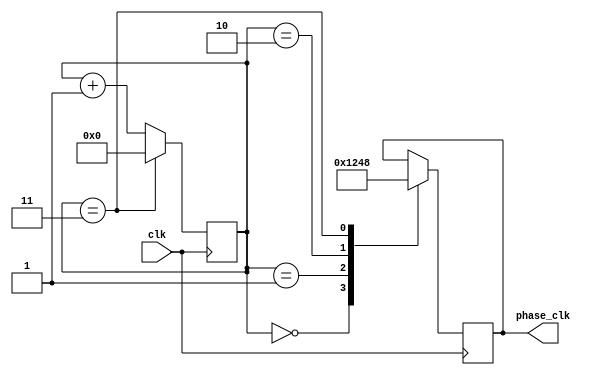
module multi_phase_clock_divider (
    input wire clk,
    output reg [3:0] phase_clk
);

reg [3:0] count;
parameter DIVIDER = 4; // Divide input clock frequency by 4

always @(posedge clk) begin
    count <= count + 1;
    if (count == DIVIDER - 1)
        count <= 0;
    
    case (count)
        0: phase_clk <= 4'b0001; // 0 degrees phase shift
        1: phase_clk <= 4'b0010; // 90 degrees phase shift
        2: phase_clk <= 4'b0100; // 180 degrees phase shift
        3: phase_clk <= 4'b1000; // 270 degrees phase shift
    endcase
end

endmodule